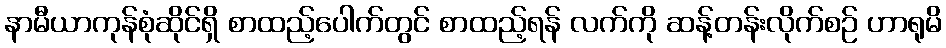
နာမီယာကုန်စုံဆိုင်ရှိ စာထည့်ပေါက်တွင် စာထည့်ရန် လက်ကို ဆန့်တန်းလိုက်စဉ် ဟာရုမိ